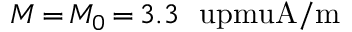
M \, { = } \, M _ { 0 } \, { = } \, 3 . 3 ~ \mathrm { \ u p m u A / m }